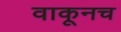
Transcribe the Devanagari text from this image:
वाकूनच